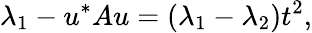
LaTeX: \lambda_{1}-u^{*}Au=(\lambda_{1}-\lambda_{2})t^{2},